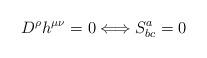
LaTeX: \begin{align*}D^{\rho}h^{\mu \nu}=0 \Longleftrightarrow S^{a}_{bc}=0\end{align*}